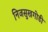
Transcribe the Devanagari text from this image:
निजसुखगोडी